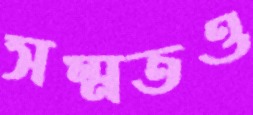
সম্মতও